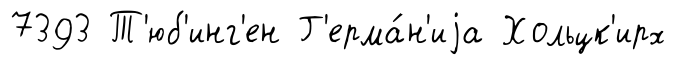
7393 Т'юб'инг'ен Г'ерма́н'иjа Хольцк'ирх